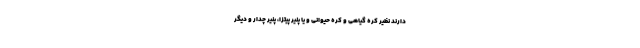
دارند نظیر کره گیاهی و کره حیوانی و یا پنیر پیتزا، پنیر چدار و دیگر